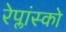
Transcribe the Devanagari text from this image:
रेप्लांस्को